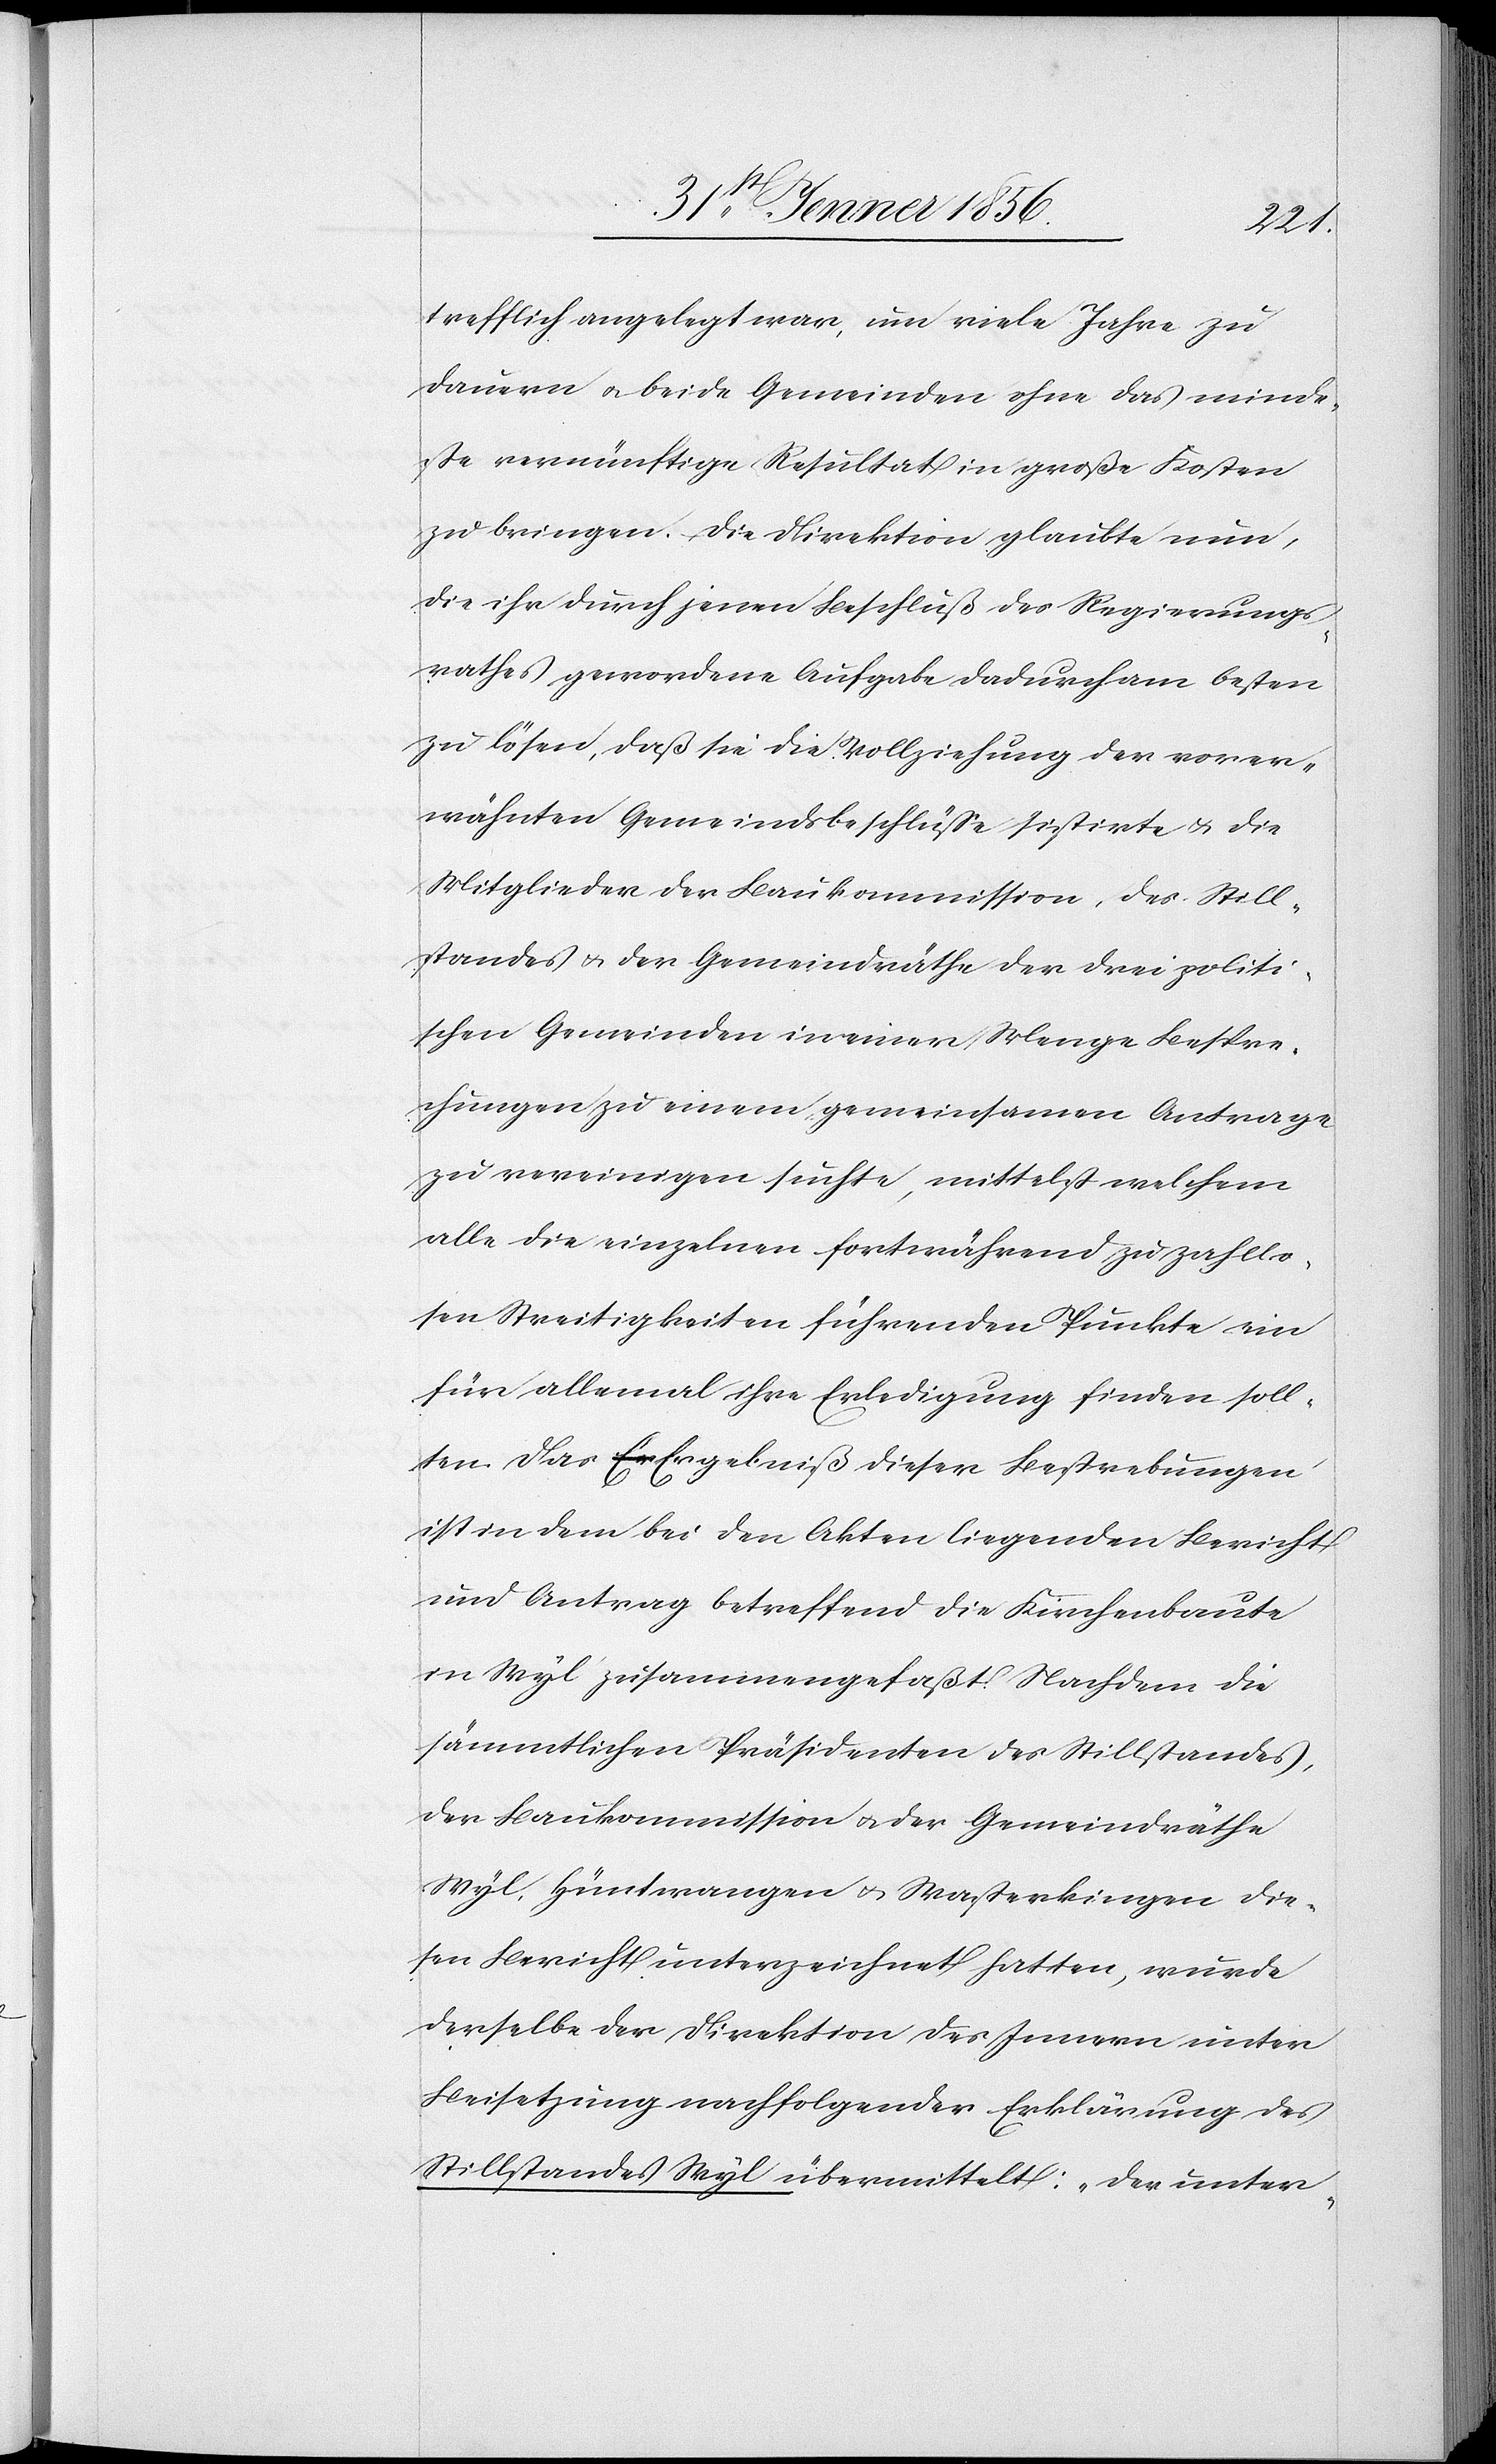
trefflich angelegt war, um viele Jahre zu
dauern u. beide Gemeinden ohne das minde¬
ste vernünftige Resultat in große Kosten
zu bringen. Die Direktion glaubte nun,
die ihr durch jenen Beschluß des Regierungs¬
rathes gewordene Aufgabe dadurch am besten
zu lösen, daß sie die Vollziehung der vorer¬
wähnten Gemeindsbeschlüße sistirte u. die
Mitglieder der Baukommission, des Still¬
standes u. der Gemeindräthe der drei politi¬
schen Gemeinden in einer Menge Bespre¬
chungen zu einem gemeinsamen Antrage
zu vereinigen suchte, mittelst welchem
alle die einzelnen fortwährend zu zahllo¬
sen Streitigkeiten führenden Punkte ein
für allemal ihre Erledigung finden soll¬
ten. Das Ergebniß dieser Bestrebungen
ist in dem bei den Akten liegenden Bericht
um Antrag betreffend die Kirchenbaute
in Wyl zusammengefaßt. Nachdem die
sämmtlichen Präsidenten des Stillstandes,
der Baukommission u. der Gemeindräthe
Wyl, Hüntwangen u. Wasterkingen die¬
sen Bericht unterzeichnet hatten, wurde
derselbe der Direktion des Innern unter
Beisetzung nachfolgender Erklärung des
Stillstandes Wyl übermittelt: „Der unter-